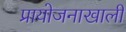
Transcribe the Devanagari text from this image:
प्रायोजनाखाली